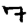
Digit: 7